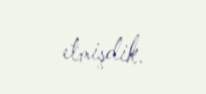
etmişdik.